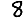
Digit: 8